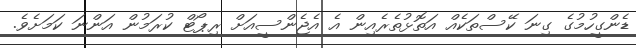
ޑެންގީހުމުގެ ގިނަ ކޭސްތަކެއް އަތޮޅުތެރެއިން އެ އެޖެންސީއަށް ރިޕޯޓް ކުރަމުން އަންނަ ކަމަށެވެ.